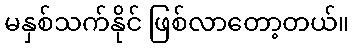
မနှစ်သက်နိုင် ဖြစ်လာတော့တယ်။